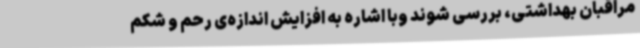
مراقبان بهداشتی، بررسی شوند وبا اشاره به افزایش اندازه‌ی رحم و شکم